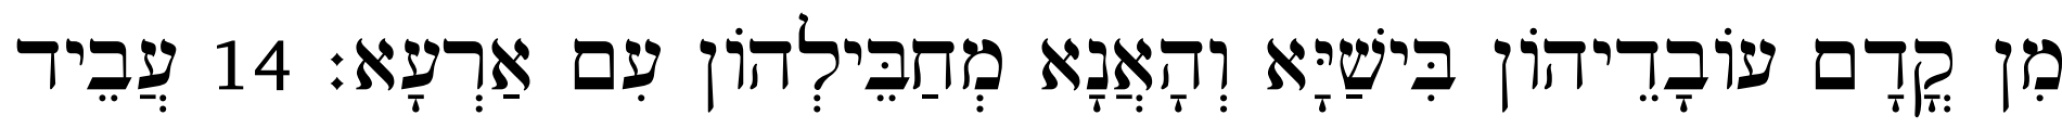
מִן קֳדָם עוֹבָדֵיהוֹן בִּישַׁיָּא וְהָאֲנָא מְחַבֵּילְהוֹן עִם אַרְעָא׃ 14 עֲבֵיד